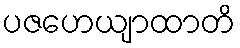
ပဇဟေယျာထာတိ